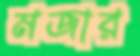
মজার